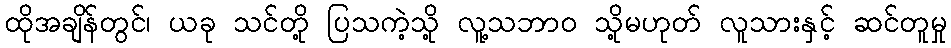
ထိုအချိန်တွင်၊ ယခု သင်တို့ ပြသကဲ့သို့ လူ့သဘာဝ သို့မဟုတ် လူသားနှင့် ဆင်တူမှု